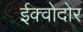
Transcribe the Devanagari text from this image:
ईक्वोदोर